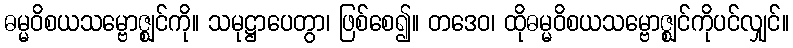
ဓမ္မဝိစယသမ္ဗောဇ္ဈင်ကို။ သမုဋ္ဌာပေတွာ၊ ဖြစ်စေ၍။ တဒေဝ၊ ထိုဓမ္မဝိစယသမ္ဗောဇ္ဈင်ကိုပင်လျှင်။